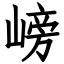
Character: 嵭